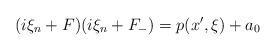
LaTeX: \begin{align*}(i\xi_n + F) (i\xi_n + F_-) = p(x',\xi) + a_0\end{align*}